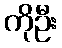
ကိုဦး